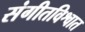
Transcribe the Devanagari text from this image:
संगीतविश्वात